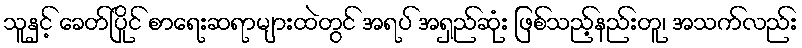
သူနှင့် ခေတ်ပြိုင် စာရေးဆရာများထဲတွင် အရပ် အရှည်ဆုံး ဖြစ်သည့်နည်းတူ၊ အသက်လည်း